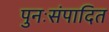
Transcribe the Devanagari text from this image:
पुनःसंपादित